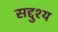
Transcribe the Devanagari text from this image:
सद्दुश्य